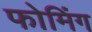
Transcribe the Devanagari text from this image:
फोमिंग